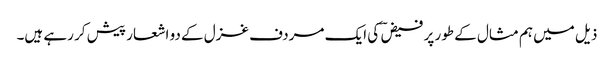
ذیل میں ہم مثال کے طور پر فیض ؔ کی ایک مردف غزل کے دو اشعار پیش کر رہے ہیں۔